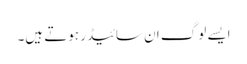
ایسے لوگ ان سائیڈر ہوتے ہیں۔